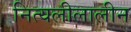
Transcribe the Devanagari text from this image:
नित्यलीलालीन